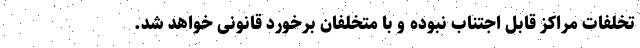
تخلفات مراکز قابل اجتناب نبوده و با متخلفان برخورد قانونی خواهد شد.